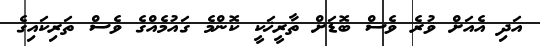
އަދި އެއަށް ވުރެ ވެސް ބޮޑަށް ތާރީޚަކީ ކޮންމެ ގައުމެއްގެ ވެސް ތަރިކައިގެ